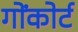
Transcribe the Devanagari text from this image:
गोंकोर्ट